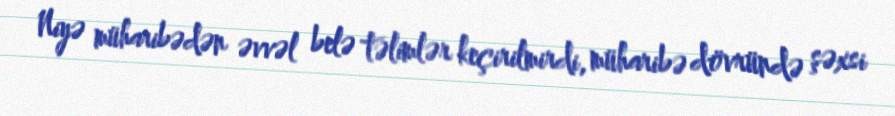
Niyə müharibədən əvvəl belə təlimlər keçirilmirdi, müharibə dövründə şəxsi